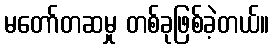
မတော်တဆမှု တစ်ခုဖြစ်ခဲ့တယ်။